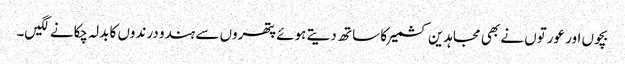
بچوں اور عورتوں نے بھی مجاہدین کشمیر کا سا تھ دیتے ہوئے پتھروں سے ہندو درندوں کا بدلہ چکانے لگیں۔